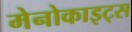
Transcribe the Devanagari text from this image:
मेनोकाइट्स